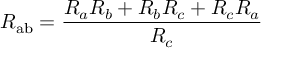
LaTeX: R _ { \mathrm { a b } } = { \frac { R _ { a } R _ { b } + R _ { b } R _ { c } + R _ { c } R _ { a } } { R _ { c } } }